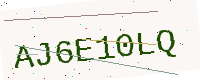
Text: AJ6E10LQ